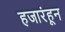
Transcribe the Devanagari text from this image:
हजारंहून